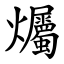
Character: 爥